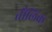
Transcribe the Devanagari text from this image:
तौलिक